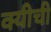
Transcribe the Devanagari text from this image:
क्यीची